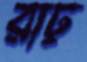
রাঢ়